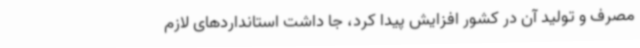
مصرف و تولید آن در کشور افزایش پیدا کرد، جا داشت استانداردهای لازم